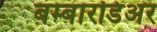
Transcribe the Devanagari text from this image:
बम्बारडिअर